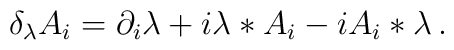
\delta_{\lambda} A_i = \partial_i \lambda +   i \lambda * A_i - i A_i * \lambda \,.